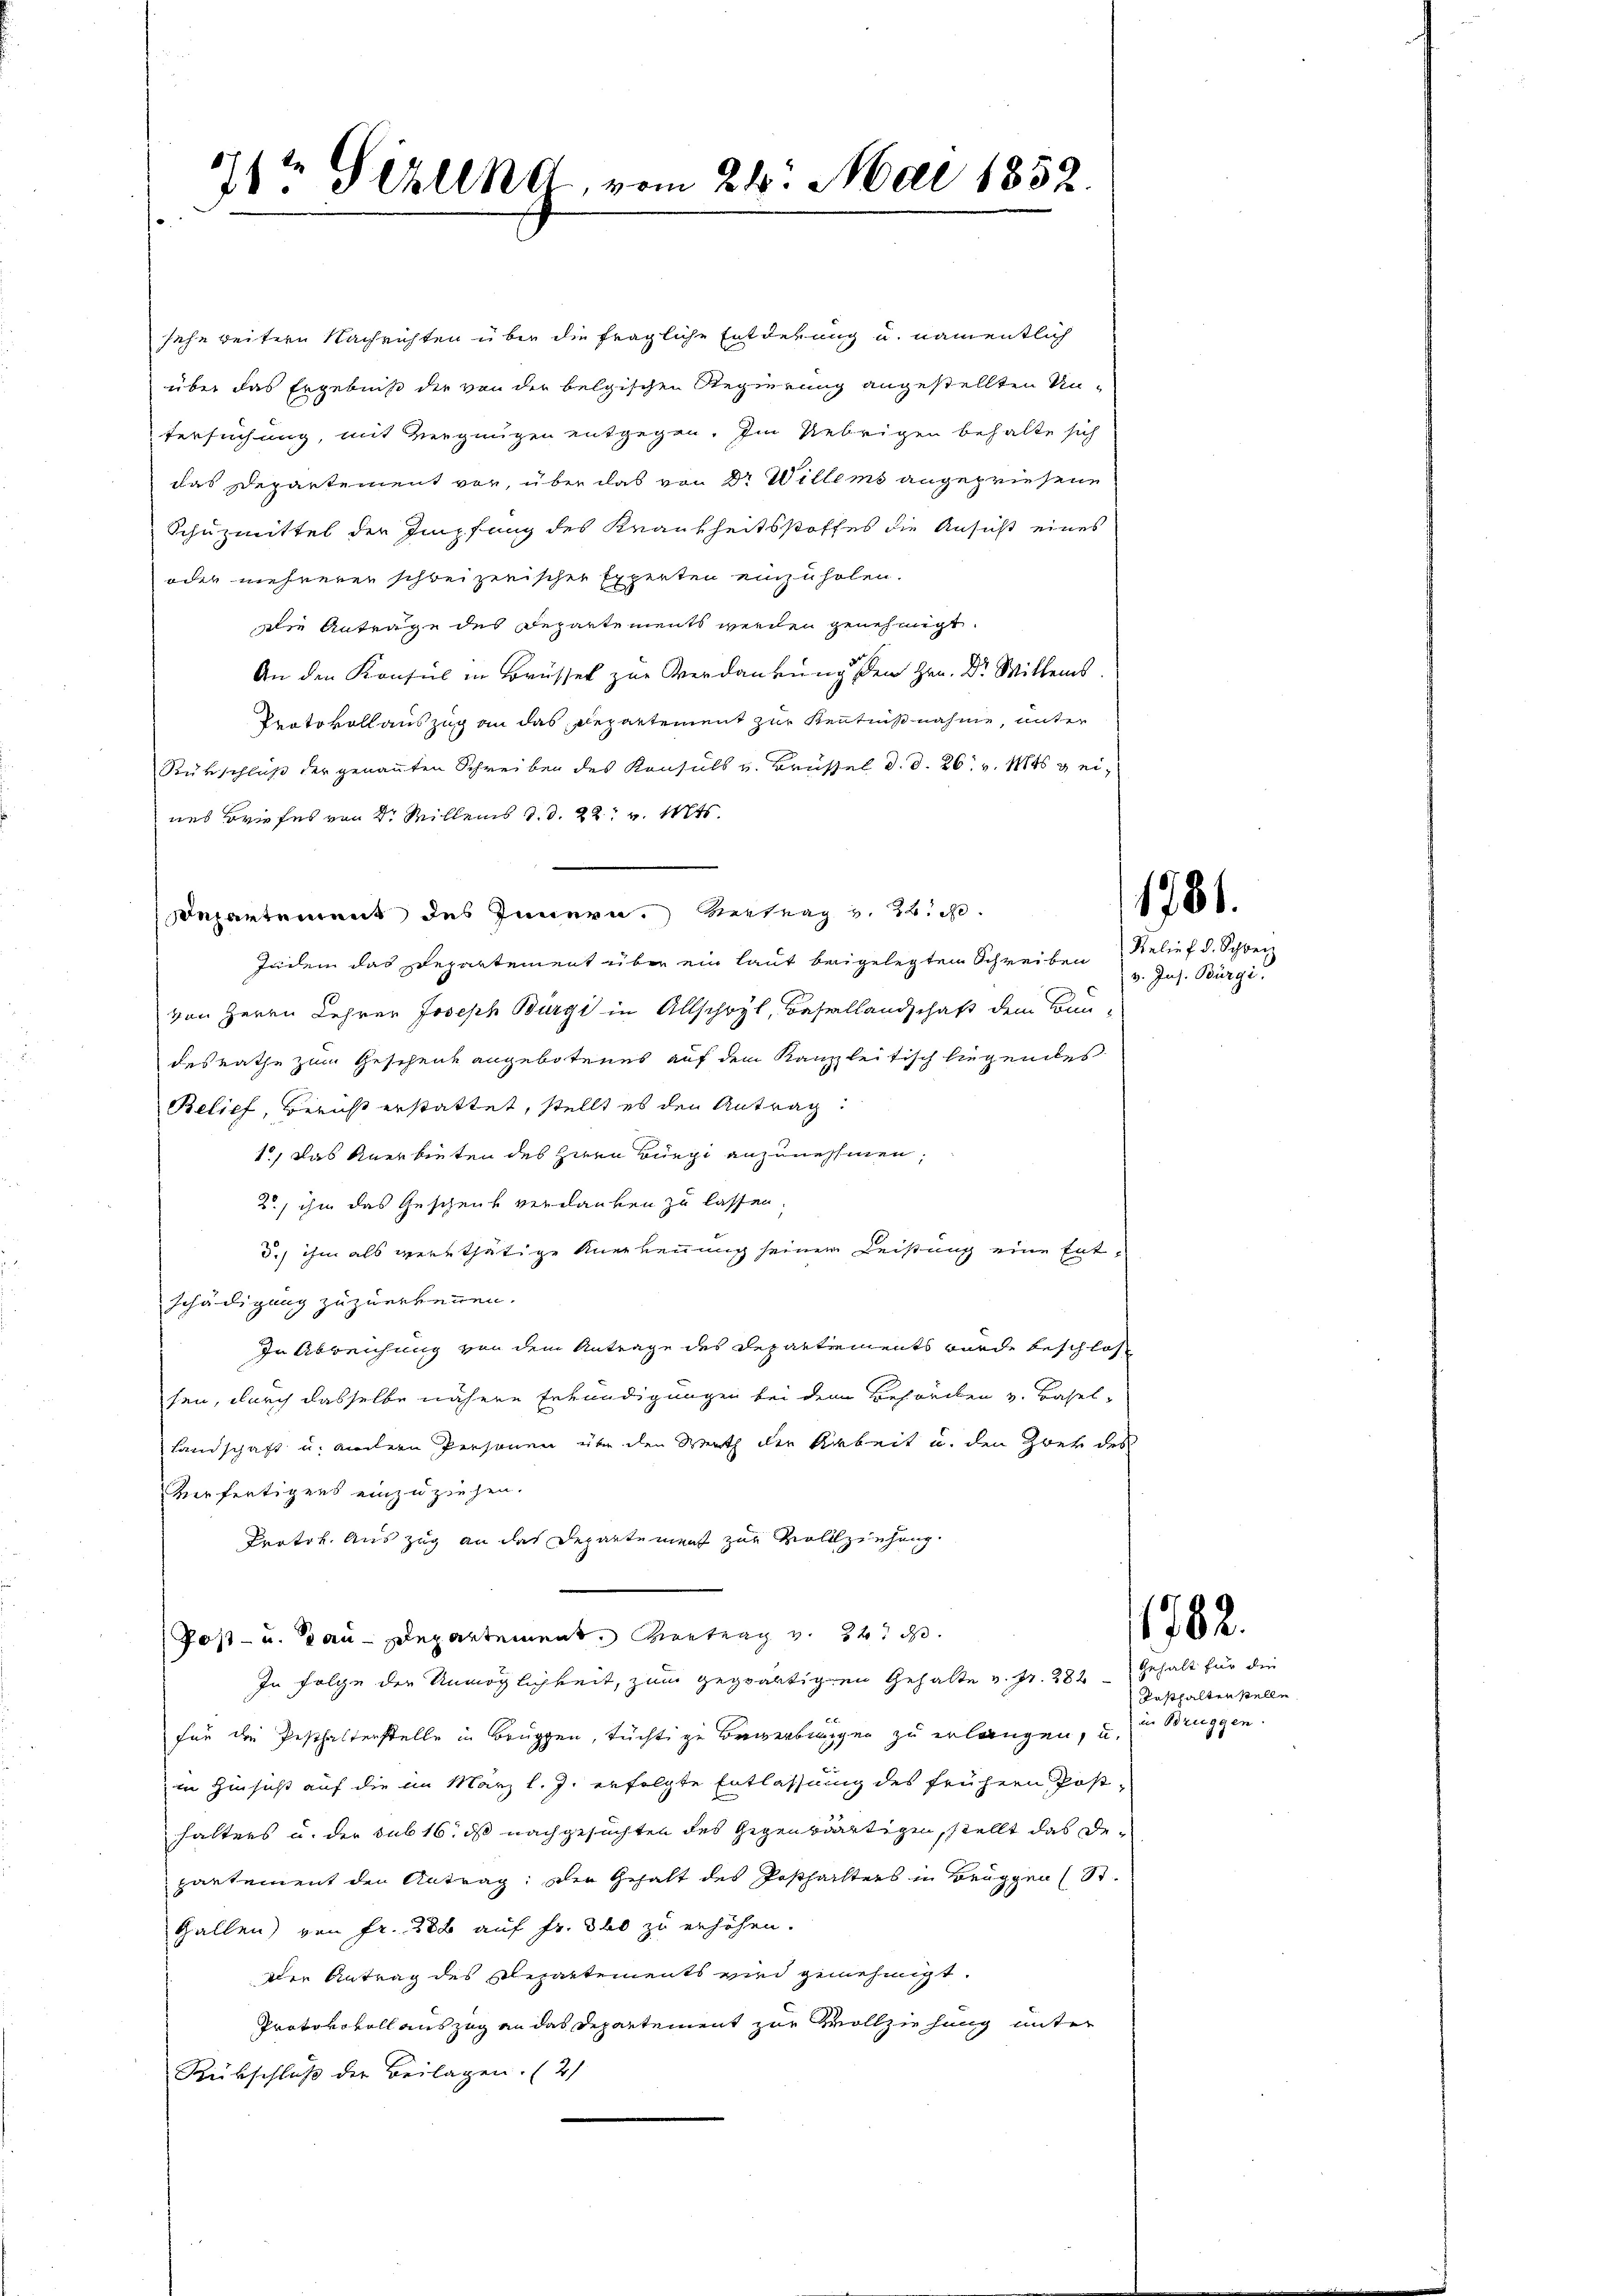
71te Silk, vom 24. Mai 1832.

sehe weitern Nachrichten über die fragliche Entdekung u. namentlich
über das Ergebniß der von der belgischen Regierung angestellten Un-
tersuchung, mit Ziegnügen entgegen. Im Uebrigen behalte sich
das Departement vor, über das von Dr Willems angepriesene
Schüzmittel der Impfung des Krankheitsstoffes die Ansicht eines
oder mehreren schweizerischer Experten einzuholen.
die Anträge des Departements werden genehmigt.
An den Konsul in Brüssel zur Verdankung den Hrn. Dr. Willers
Protokoll auszug an das Departement zur Kenntnißnahme, unter
Rükschluß der genannten Schreiben des Konsuls v. Brüssel d. d. 26. v. Mts. & eines Briefes von Dr Willens d. d. 22. v. Mts.
Departement des Innern. Vertrag v. 22. d.
Juden das Departement über ein laut beigelegten Schreiben
von Herrn Lehrer Joseph Bürgi in Allschwyl, Basellandschaft dem Bun-
desrathe zum Geschenk angebotenes auf dem Kanzleitisch liegendes
Belief, Beruft erstattet, stellt es den Antrag:
1, Das Anerbieten des Herrn Bürgi anzunehmen,
2., ihm das Geschenk verdanken zu lassen.
d. ihm als werthätige Anerkennung seinem Leistung eine Entschädigung zuzuerkennen.
In Abreichung von dem Antrage des Departements wurde beschlos
sen, durch dasselbe nähere Erkundigungen bei dem Behörden v. Basel-
Landschaft u. andern Personen über den Werth der Arbeit u. den Zwer des
Verfertigens einzuziehen.
Protok. Auszug an das Departement zur Vollziehung.
Post- u. Bau-Departement. Vortrag v. d.
In Folge der Unmöglichkeit, zum gegwältigen Gehalte u. pr. 282. Gehalt für die
für die Pesthalterstelle in Bruppen, tüchtige Bewerbungen zu erlangen, u.
in Hinsicht auf die im März l. J. erfolgte Entlassung des frühern Post-
halters u. der sub 16. ds nachgesuchten des Gegenwärtigen, stellt das Departement den Antrag: Die Gehalt des Posthalters in Bruggen (St.
Gallen) von Fr. 288 auf fr. 360 zu erhöhen.
Der Antrag des Departements wird genehmigt.
Protokorell auszug an das Departement zur Vollziehung unter
Rückschluß der Beilagen. (2)

1781.

Relief d. Schwei
v. Jos. Bürgi,

1782.

Posthalten stelle
in Bruggen.